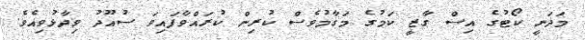
މަދަނީ ކޯޓުގެ އިސް ގާޒީ ކަމުގެ މަގާމުވެސް ކުރިން ކުރައްވާފައިވަ ސުއޫދު ވިދާޅުވިއެވެ.